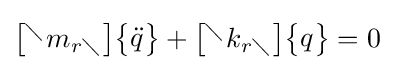
{\begin{bmatrix}^{\diagdown }m_{r\diagdown }\end{bmatrix}}{\begin{Bmatrix}{\ddot {q}}\end{Bmatrix}}+{\begin{bmatrix}^{\diagdown }k_{r\diagdown }\end{bmatrix}}{\begin{Bmatrix}q\end{Bmatrix}}=0